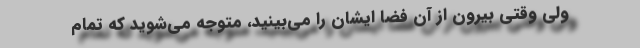
ولی وقتی بیرون از آن فضا ایشان را می‌بینید، متوجه می‌شوید که تمام